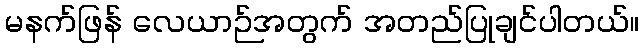
မနက်ဖြန် လေယာဉ်အတွက် အတည်ပြုချင်ပါတယ်။